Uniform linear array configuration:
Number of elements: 8
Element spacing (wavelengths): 0.25
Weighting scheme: uniform
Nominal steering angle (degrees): -15
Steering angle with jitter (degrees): -14.911
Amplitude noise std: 0.05
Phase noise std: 0.05

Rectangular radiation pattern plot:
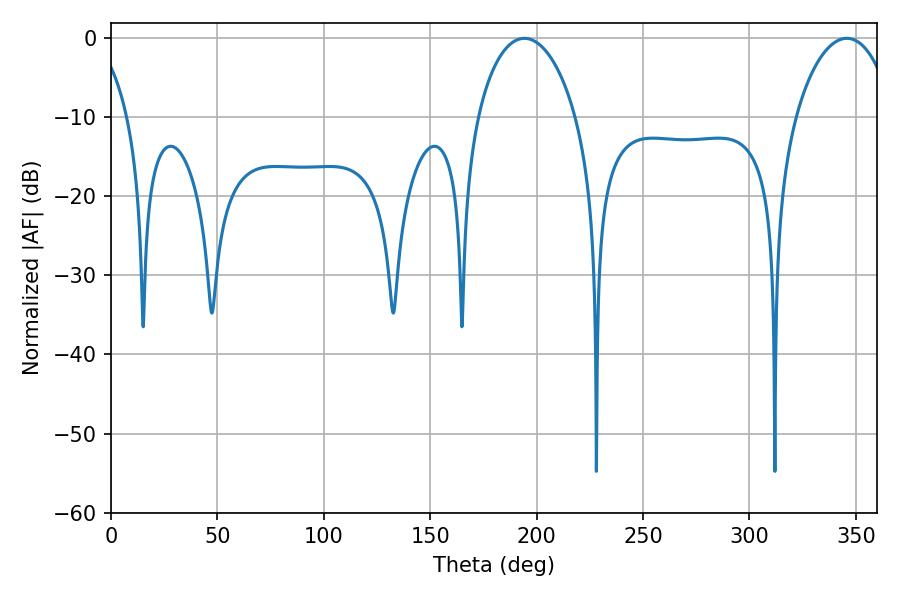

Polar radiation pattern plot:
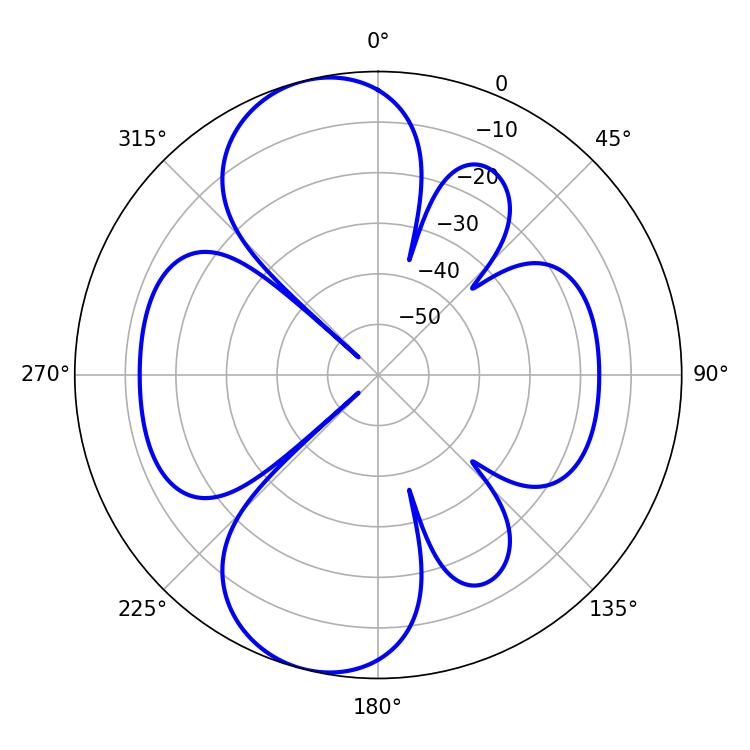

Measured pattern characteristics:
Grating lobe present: FALSE
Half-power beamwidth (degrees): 26.46
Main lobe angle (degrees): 194.22